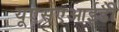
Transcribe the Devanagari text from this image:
यूएसएआईडी